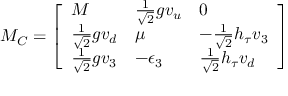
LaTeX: { M _ { C } } = \left[ \begin{array} { l l l } { { M } } & { { { \textstyle { \frac { 1 } { \sqrt { 2 } } } } g v _ { u } } } & { { 0 } } \\ { { { \textstyle { \frac { 1 } { \sqrt { 2 } } } } g v _ { d } } } & { { \mu } } & { { - { \textstyle { \frac { 1 } { \sqrt { 2 } } } } h _ { \tau } v _ { 3 } } } \\ { { { \textstyle { \frac { 1 } { \sqrt { 2 } } } } g v _ { 3 } } } & { { - \epsilon _ { 3 } } } & { { { \textstyle { \frac { 1 } { \sqrt { 2 } } } } h _ { \tau } v _ { d } } } \end{array} \right]